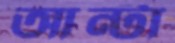
আন্টা